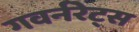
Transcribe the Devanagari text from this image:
गवर्नरेट्स